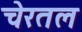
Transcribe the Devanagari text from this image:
चेरतल